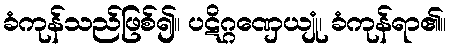
ခံကုန်သည်ဖြစ်၍။ ပဋိဂ္ဂဏှေယျုံ၊ ခံကုန်ရာ၏။